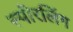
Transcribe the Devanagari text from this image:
स्पीरलिंग